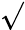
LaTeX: \sqrt{}